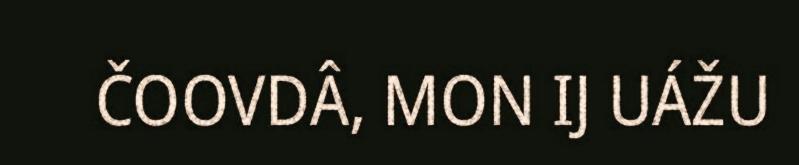
ČOOVDÂ, MON IJ UÁŽU